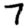
Digit: 7